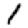
Digit: 1